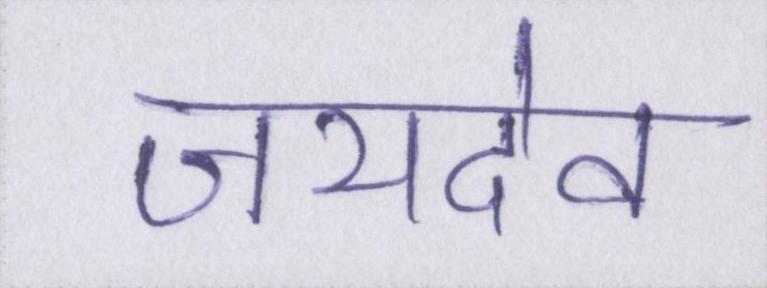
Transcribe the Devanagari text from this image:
जयदेव